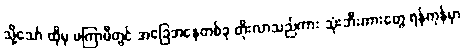
သို့သော် ထိုမှ မကြာမီတွင် အခြေအနေတစ်ခု တိုးလာသည်ကား သုံးဘီးကားတွေ ရန်ကုန်မှာ